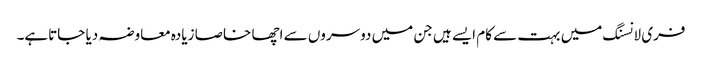
فری لانسنگ میں بہت سے کام ایسے ہیں جن میں دوسروں سے اچھا خاصا زیادہ معاوضہ دیا جاتاہے۔